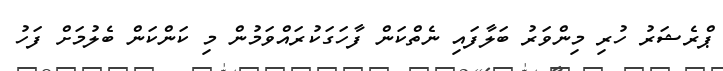
ޕްރެޝަރު ހުރި މިންވަރު ބަލާފައި ނެތްކަން ފާހަގަކުރައްވަމުން މި ކަންކަން ބެލުމަށް ފަހު